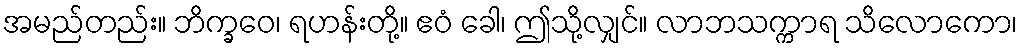
အမည်တည်း။ ဘိက္ခဝေ၊ ရဟန်းတို့။ ဧဝံ ခေါ၊ ဤသို့လျှင်။ လာဘသက္ကာရ သိလောကော၊